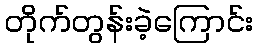
တိုက်တွန်းခဲ့ကြောင်း